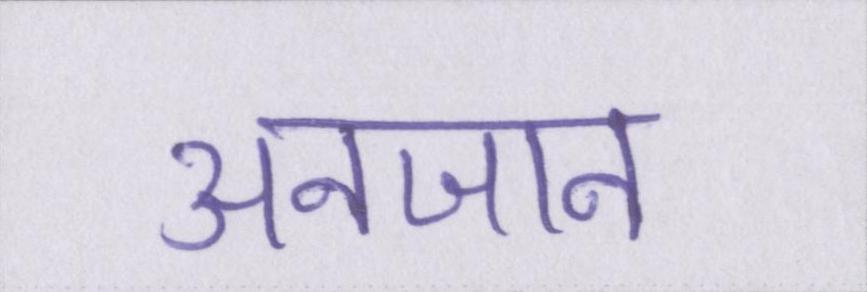
अनजान